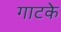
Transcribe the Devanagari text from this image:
गाटके